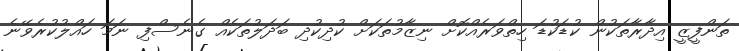
ތަންފީޒީ އިދާރާތަކުން ކުޑަކުޑަ ހިތްވަރެއްކޮށް ނިޒާމުތަކަށް ކުދިކުދި ބަދަލުތަކެއް ގެނެސްފި ނަމަ ހައްލުކުރެވޭނެ